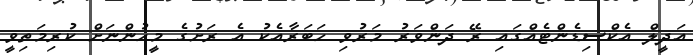
އަދީލް އެކްސިޑެންޓެއްގައި ރޭ ދަންވަރު މަރުވި ހަބަރާއެކު އެ ރަށުގެ މީހުންނަށް ކުރިމަތިވީ